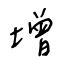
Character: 增